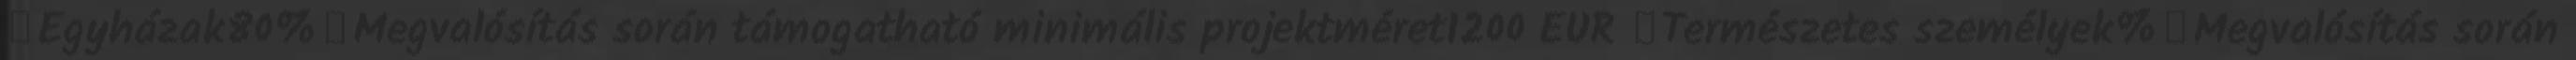
▪Egyházak80%▪Megvalósítás során támogatható minimális projektméret1200 EUR ▪Természetes személyek%▪Megvalósítás során